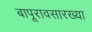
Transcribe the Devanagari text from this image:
बापूरावसारख्या